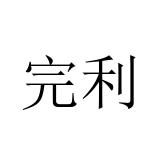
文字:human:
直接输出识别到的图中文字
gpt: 完利